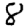
Digit: 8